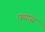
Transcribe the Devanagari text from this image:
फ्यास